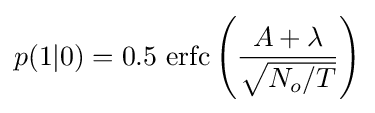
p(1|0)=0.5\,\operatorname {erfc} \left({\frac {A+\lambda }{\sqrt {N_{o}/T}}}\right)